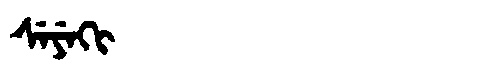
Manchu: ᠰᡝᠶᡝᡴᡳ
Romanization: SEYEKI